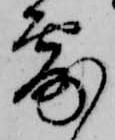
露